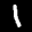
Label: 1